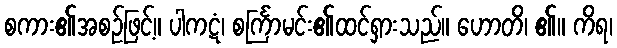
စကား၏အစဉ်ဖြင့်။ ပါကဋံ၊ စင်္ကြာမင်း၏ထင်ရှားသည်။ ဟောတိ၊ ၏။ ကိရ၊